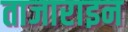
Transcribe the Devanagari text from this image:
ताजाराइन